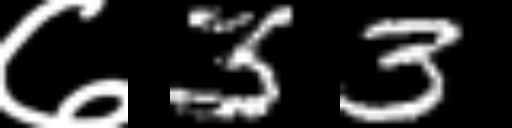
Text: ७33